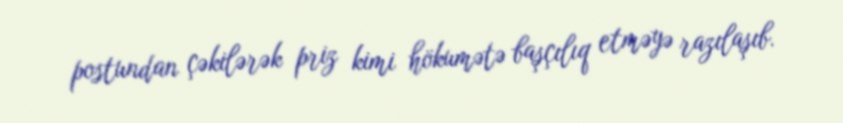
postundan çəkilərək priz kimi hökumətə başçılıq etməyə razılaşıb.